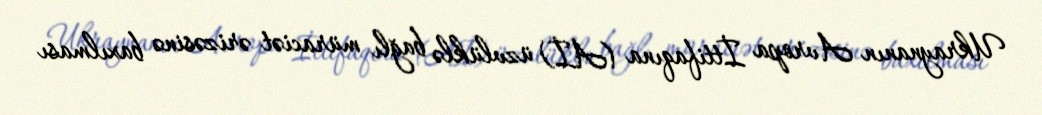
Ukraynanın Avropa İttifaqına (Aİ) üzvlüklə bağlı müraciət ərizəsinə baxılması